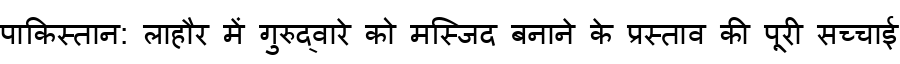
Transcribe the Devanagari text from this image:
पाकिस्तान: लाहौर में गुरुद्वारे को मस्जिद बनाने के प्रस्ताव की पूरी सच्चाई